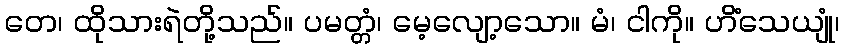
တေ၊ ထိုသားရဲတို့သည်။ ပမတ္တံ၊ မေ့လျော့သော။ မံ၊ ငါကို။ ဟိံသေယျုံ၊